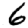
Digit: 6